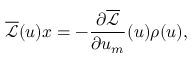
\overline { { \mathcal { L } } } ( u ) x = - \frac { \partial \overline { { \mathcal { L } } } } { \partial u _ { m } } ( u ) \rho ( u ) ,